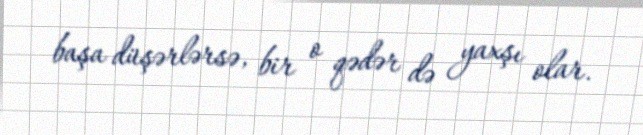
başa düşərlərsə, bir o qədər də yaxşı olar.